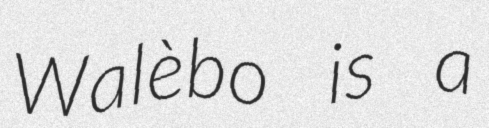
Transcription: Walèbo is a